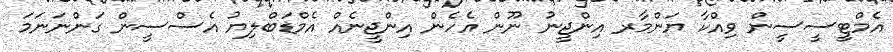
އެމްޓީސީސީން ވިއްކާ ޔަންމާރ އިންޖީނު ނޫން އެހެން އިންޖީނެއް އެމްޑަބްލިޔު އެސްސީން ގަންނަނަމަ